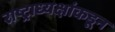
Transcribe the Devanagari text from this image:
राष्ट्राध्यक्षांकडून